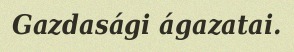
Gazdasági ágazatai.